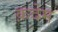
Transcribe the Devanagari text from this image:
क़देम